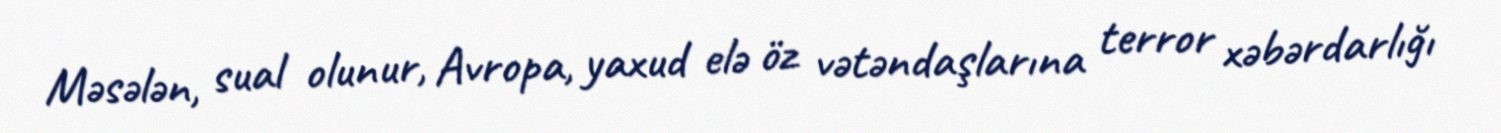
Məsələn, sual olunur, Avropa, yaxud elə öz vətəndaşlarına terror xəbərdarlığı